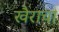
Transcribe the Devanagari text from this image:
खैराचा